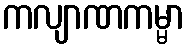
ကလျာဏကမ္မာ